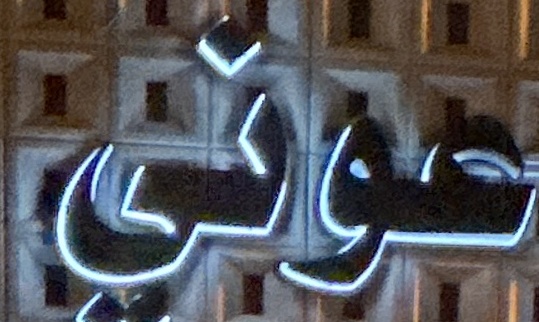
عوني